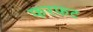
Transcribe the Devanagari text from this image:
फरफट